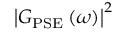
\left| G _ { \mathrm { P S E } } \left( \omega \right) \right| ^ { 2 }